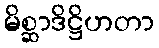
မိစ္ဆာဒိဋ္ဌိဟတာ